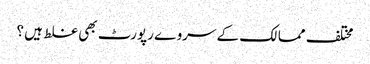
مختلف ممالک کے سروے رپورٹ بھی غلط ہیں ؟